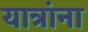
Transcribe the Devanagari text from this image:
यात्रांना